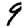
Digit: 9